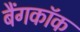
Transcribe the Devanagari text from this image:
बैंगकाॅक